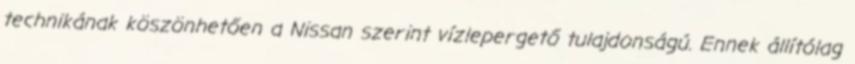
technikának köszönhetően a Nissan szerint vízlepergető tulajdonságú. Ennek állítólag